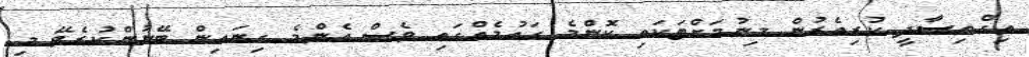
އިގްތިޞާދީ ކުރިއެރުން މިނުމަށްޓަކައި ކޮންމެ ގައުމެއްގައި ވެސް އެންމެ ގިނައިން ބޭނުންކުރެވޭ މި